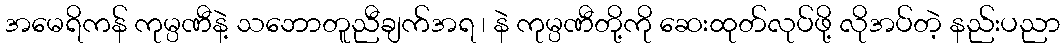
အမေရိကန် ကုမ္ပဏီနဲ့ သဘောတူညီချက်အရ ၊ နဲ ကုမ္ပဏီတို့ကို ဆေးထုတ်လုပ်ဖို့ လိုအပ်တဲ့ နည်းပညာ